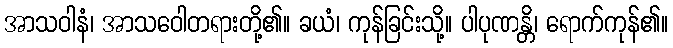
အာသဝါနံ၊ အာသဝေါတရားတို့၏။ ခယံ၊ ကုန်ခြင်းသို့။ ပါပုဏန္တိ၊ ရောက်ကုန်၏။